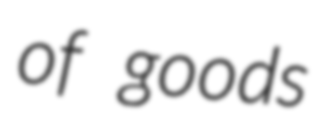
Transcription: of goods